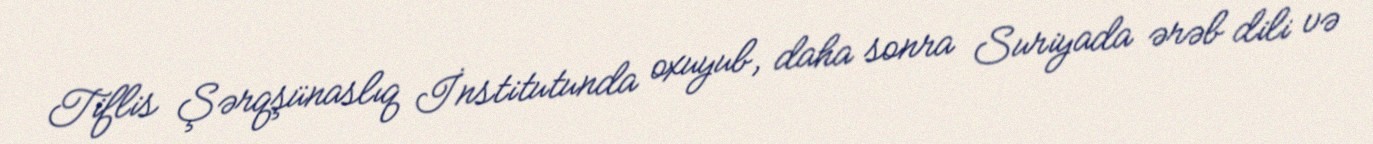
Tiflis Şərqşünaslıq İnstitutunda oxuyub, daha sonra Suriyada ərəb dili və